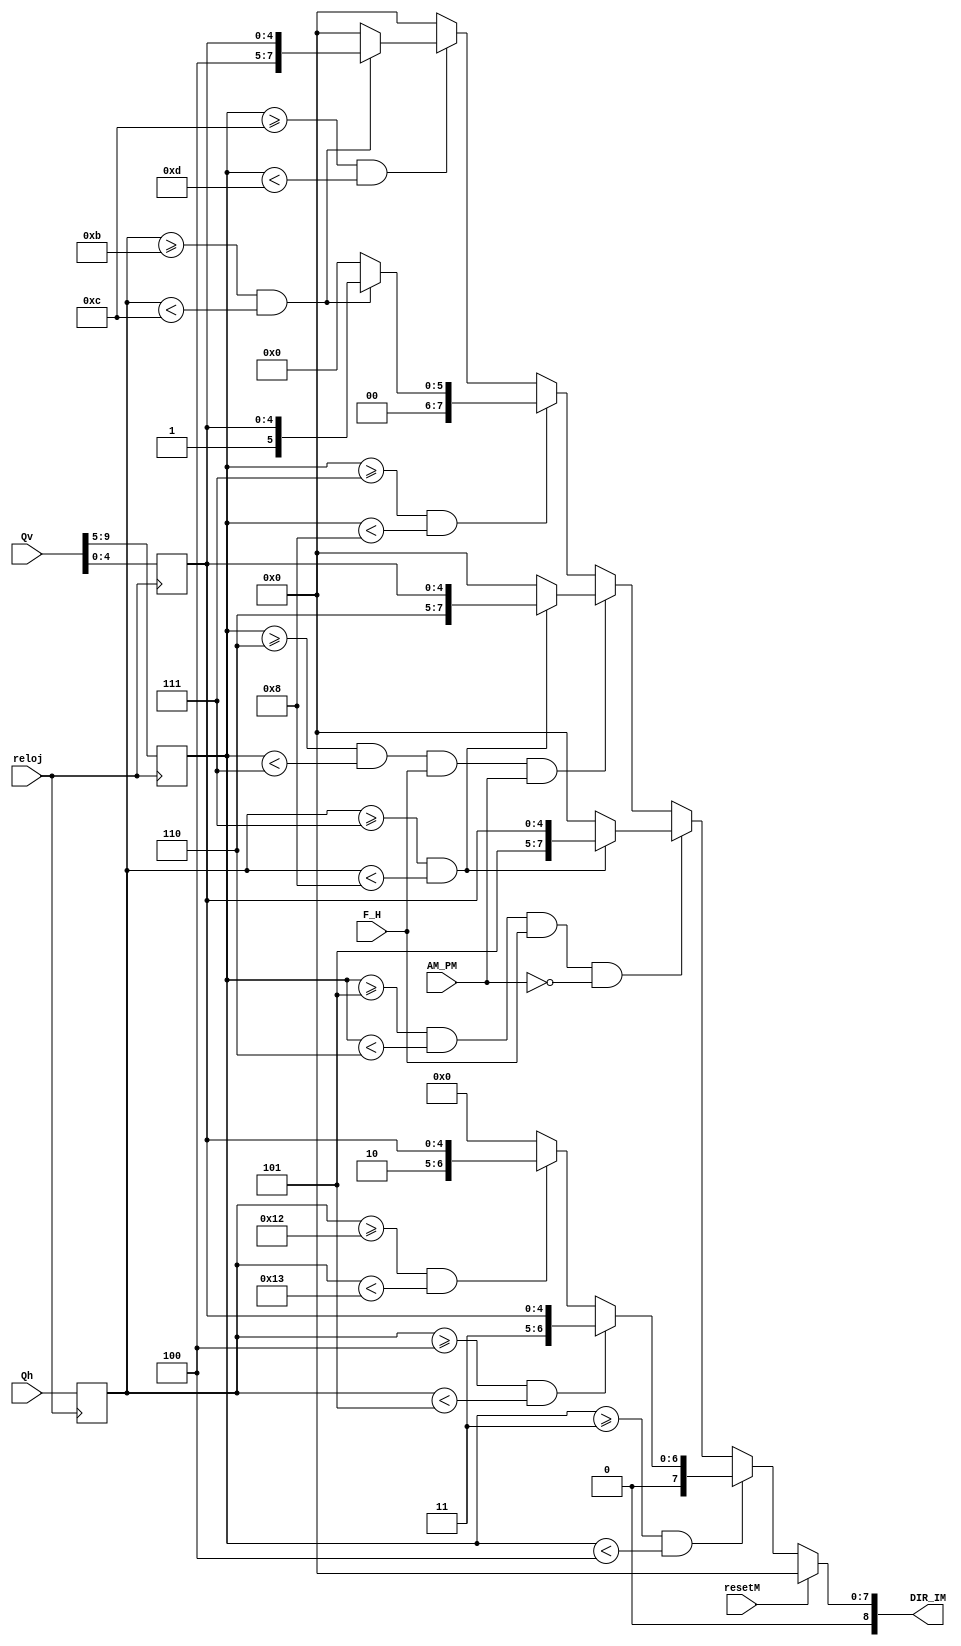
`timescale 1ns / 1ps


module Posicion_Imagenes(
    input AM_PM,
    input F_H,
    input [4:0] Qh,
    input [9:0] Qv,
    input reloj,
    input resetM,
    output [8:0] DIR_IM
    );

    reg [4:0] M_hreg;                 
    reg [4:0] M_vreg;                 
    reg [4:0] SELEC_COL;              
    reg [8:0] DIR;                    

                                           /*DIRECCION IMAGENES*/
parameter CALENDARIO = 4'h1; parameter CRONO = 4'h2; parameter HORA = 4'h3; parameter AVATAR = 4'h4;
parameter AM = 4'h5; parameter PM = 4'h6;

                                           /*IMAGENES POSICIONES*/
                                                /*VERTICAL*/
                                                /*CALENDARIO*/
 parameter CAL1_v = 5'd7; parameter CAL2_v = 5'd8; 
                                              /*HORA Y CRONO*/
 parameter HC1_v = 5'd3; parameter HC2_v = 5'd4;
 
 parameter AM1_v = 5'd5;  parameter AM2_v = 5'd6;
 parameter PM1_v = 5'd6;  parameter PM2_v = 5'd7;
                                                /*AVATAR*/
 parameter AVA1_v = 5'd12; parameter AVA2_v = 5'd13;                                                
                                                
                                                /*HORIZONTAL*/
                                                /*CALENDARIO*/
 parameter CAL1_h = 5'd11; parameter CAL2_h = 5'd12;
                                              /*HORA Y CRONO*/
 parameter HORA1_h = 5'd4; parameter HORA2_h = 5'd5;
 parameter CRONO1_h = 5'd18; parameter CRONO2_h = 5'd19;
 
 parameter AM1_h = 5'd7;  parameter AM2_h = 5'd8;
 parameter PM1_h = 5'd7;  parameter PM2_h = 5'd8;
                                                /*AVATAR*/
 parameter AVA1_h = 5'd11; parameter AVA2_h =5'd12;
                                
    always @(posedge reloj) begin
        M_vreg <= {Qv[9:5]};
        M_hreg <= Qh;
        SELEC_COL <= {Qv[4] , Qv[3], Qv[2], Qv[1], Qv[0]};       
    end
    always @(*) begin
    if (resetM)
    DIR <= 9'd0;
    else
    begin
    if (M_vreg >= HC1_v && M_vreg < HC2_v)
    begin
        if (M_hreg >= HORA1_h && M_hreg < HORA2_h)
            DIR <= {HORA, SELEC_COL};
        else if (M_hreg >= CRONO1_h && M_hreg < CRONO2_h)
            DIR <= {CRONO, SELEC_COL};        
        else
            DIR <= 9'h000;
    end
    
    //Falta definir como se si es de maana o tarde
    else if (M_vreg >= AM1_v && M_vreg < AM2_v && F_H == 1'b1 && AM_PM == 1'b0)
    begin
        if (M_hreg >= AM1_h && M_hreg < AM2_h)
            DIR <= {AM, SELEC_COL};
        else
            DIR <= 9'h000;
    end

    else if (M_vreg >= PM1_v && M_vreg < PM2_v && F_H == 1'b1 && AM_PM == 1'b1)
    begin
        if (M_hreg >= PM1_h && M_hreg < PM2_h)
            DIR <= {PM, SELEC_COL};
        else
            DIR <= 9'h000;
    end

    else if ( M_vreg >= CAL1_v && M_vreg < CAL2_v)
    begin
        if (M_hreg >= CAL1_h && M_hreg < CAL2_h)
            DIR <= {CALENDARIO, SELEC_COL};
        else
            DIR <= 9'h000;
    end
    
    else if (M_vreg >= AVA1_v && M_vreg < AVA2_v)
    begin
        if (M_hreg >= AVA1_h && M_hreg < AVA2_h)
            DIR <= {AVATAR, SELEC_COL};
        else
            DIR <= 9'h000;
    end
    
    else
        DIR <= 9'h000;   
    end
    
    end
    assign DIR_IM = DIR;
    

endmodule